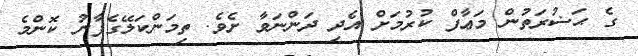
ގެ ޙަޟުރަތުން މަޢާފް ކުރުމަށް އެދި ދަންނަވާ ށެވެ. ތިމަންކަލޭގެފާނު ކޮންމެ